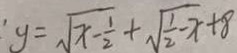
y = \sqrt { x - \frac { 1 } { 2 } } + \sqrt { \frac { 1 } { 2 } - x } + 8